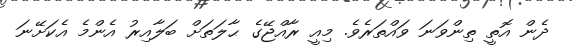
ދެން އޮތީ ތިންވަނަ ވައްތަރެވެ. މިއީ ރާއްޖޭގެ ޙާލަތަށް ބަލާއިރު އެންމެ އެކަށޭނަ